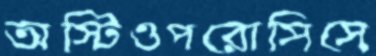
অস্টিওপরোসিসে